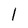
Character: l